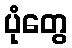
ပုံတွေ